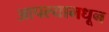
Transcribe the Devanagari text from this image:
आपल्यामधून